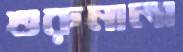
শুরুনালা